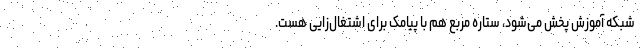
شبکه آموزش پخش می‌شود، ستاره مربع هم با پیامک برای اشتغال‌زایی هست.